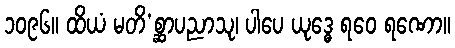
၁၀၉၆။ ထိယံ မတိ’စ္ဆာပညာသု၊ ပါပေ ယုဒ္ဓေ ရဝေ ရဏော။